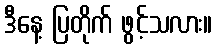
ဒီနေ့ ပြတိုက် ဖွင့်သလား။